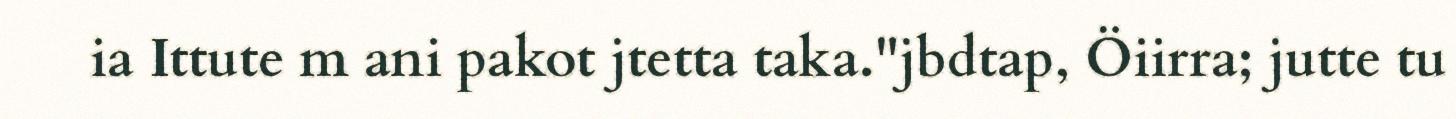
ia Ittute m ani pakot jtetta taka."jbdtap, Öiirra; jutte tu